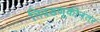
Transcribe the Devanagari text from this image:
निवडणूकीनंतर